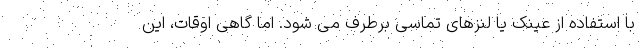
با استفاده از عینک یا لنزهای تماسی برطرف می شود. اما گاهی اوقات، این